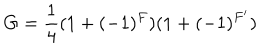
G = \frac { 1 } { 4 } ( 1 + ( - 1 ) ^ { F } ) ( 1 + ( - 1 ) ^ { F ^ { \prime } } )